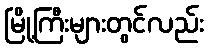
မြို့ကြီးများတွင်လည်း